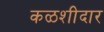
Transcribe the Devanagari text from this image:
कळशीदार